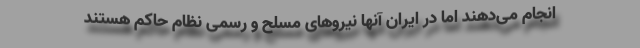
انجام می‌دهند اما در ایران آنها نیروهای مسلح و رسمی نظام حاکم هستند